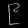
Digit: ၉